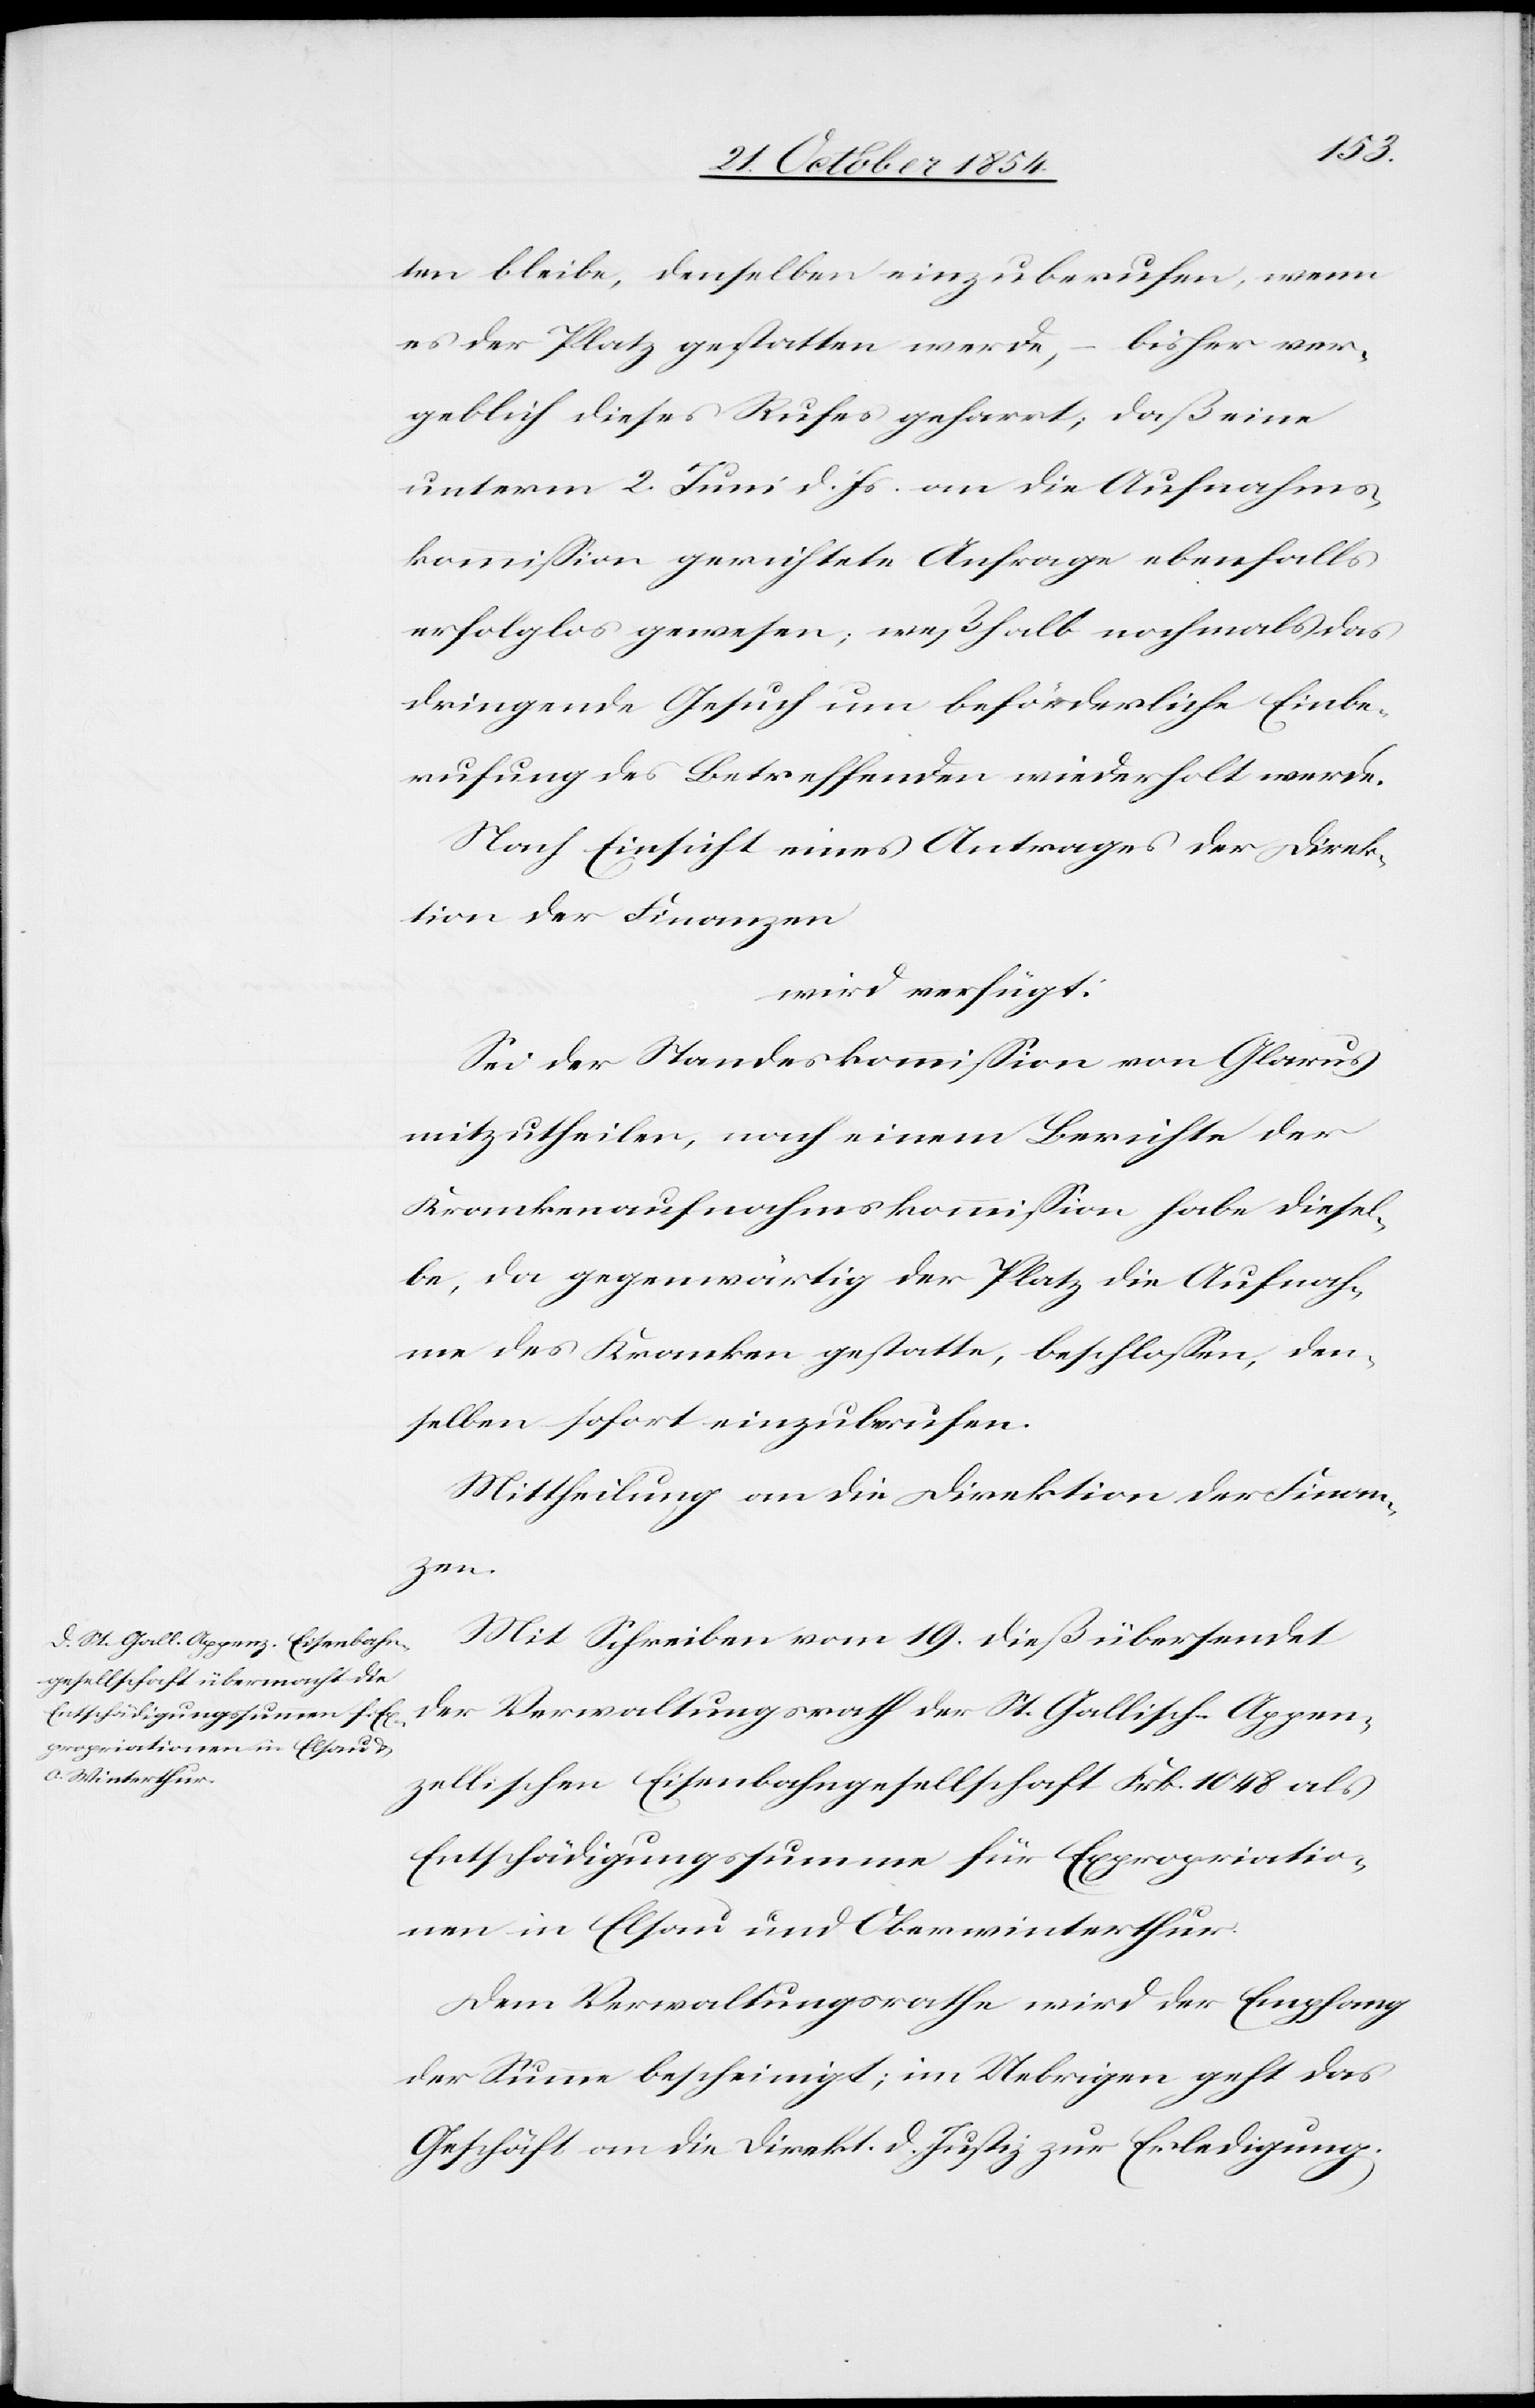
22. October 1854.]
ten bleibe, denselben einzuberufen, wenn
es der Platz gestatten werden, – bisher ver¬
geblich dieses Rufes geharrt; daß eine
unterm 2. Juni d. Js. an die Aufnahms¬
kommißion gerichtete Anfrage ebenfalls
erfolglos gewesen; weßhalb nochmals das
dringende Gesuch um beförderliche Einbe¬
rufung des Betreffenden wiederholt werde.
Nach Einsicht eines Antrages der Direk¬
tion der Finanzen
wird verfügt:
Sei der Standeskommißion von Glarus
mitzutheilen, nach einem Berichte der
Krankenaufnahmskommißion habe diesel¬
be, da gegenwärtig der Platz die Aufnah¬
me des Kranken gestatte, beschloßen, den¬
selben sofort einzuberufen.
Mittheilung an die Direktion der Finan¬
den
Mit Schreiben vom 19. dieß übersendet
der Verwaltungsrath der St. Gallisch-Appen¬
zellischen Eisenbahngesellschaft Frk. 1048 als
Entschädigungssumme für Expropriatio¬
nen in Elsau und Oberwinterthur.
Dem Verwaltungsrathe wird der Empfang
der Summe bescheinigt; im Uebrigen geht das
Geschäft an die Direkt. d. Justiz zur Erledigung.